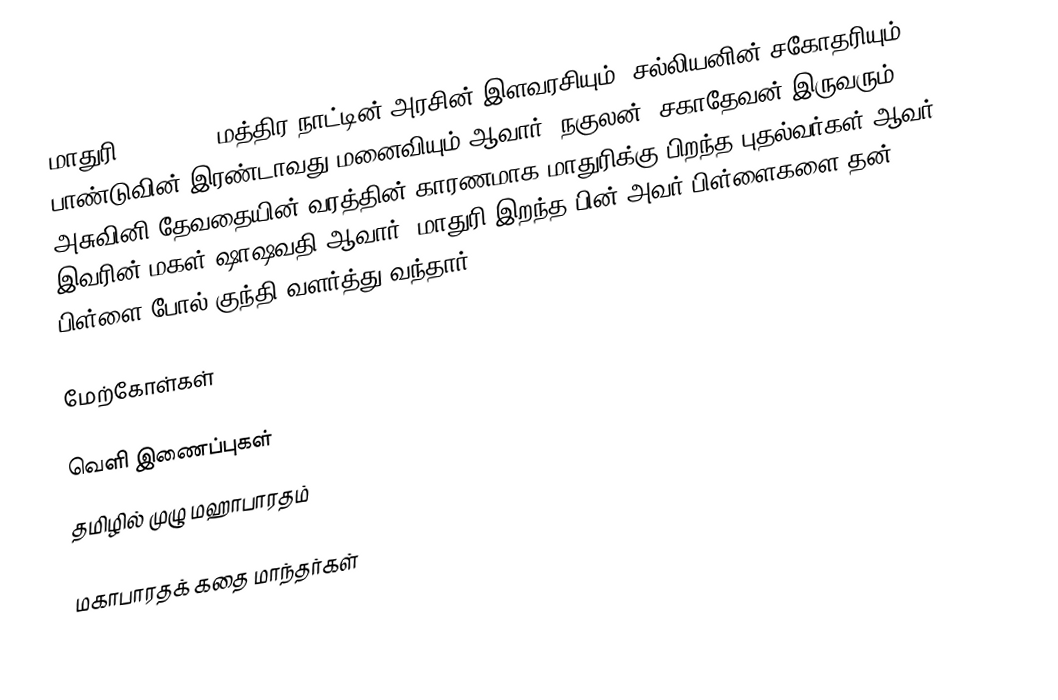
மாதுரி (Madhuri) மத்திர நாட்டின் அரசின் இளவரசியும், சல்லியனின் சகோதரியும்,  பாண்டுவின் இரண்டாவது மனைவியும் ஆவார். நகுலன், சகாதேவன் இருவரும் அசுவினி தேவதையின் வரத்தின் காரணமாக மாதுரிக்கு பிறந்த புதல்வர்கள் ஆவர். இவரின் மகள் ஷாஷவதி ஆவார்.  மாதுரி இறந்த பின் அவர் பிள்ளைகளை தன் பிள்ளை போல் குந்தி வளர்த்து வந்தார்.

மேற்கோள்கள்

வெளி இணைப்புகள்
 தமிழில் முழு மஹாபாரதம்

மகாபாரதக் கதை மாந்தர்கள்